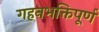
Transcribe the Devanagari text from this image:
गहनभक्तिपूर्ण